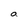
Character: a